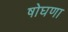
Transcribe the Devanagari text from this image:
षोघणा